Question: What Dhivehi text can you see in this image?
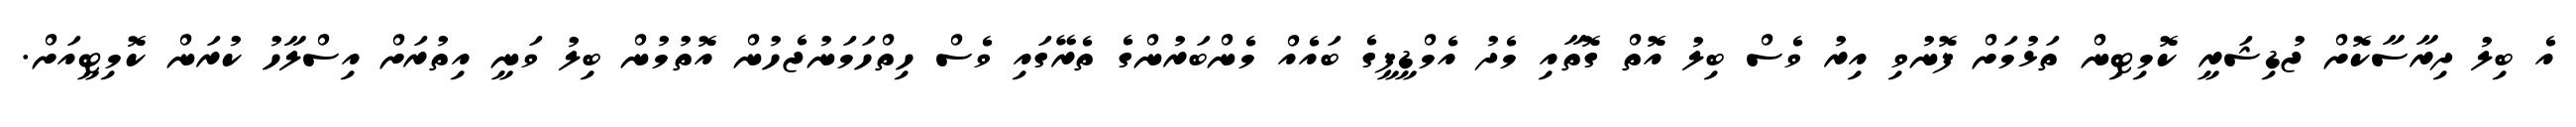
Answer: އެ ބިލު ދިރާސާކޮށް ޖުޑިޝަރީ ކޮމިޓިން ތަޅުމަށް ފޮނުވި އިރު ވެސް ބިލު އޮތް ގޮތާއި މެދު އެމްޑީޕީގެ ބައެއް މެންބަރުންގެ ތެރޭގައި ވެސް ހިތްހަމަނުޖެހުން އޮތުމުން ބިލު ވަނީ އިތުރަށް އިސްލާހު ކުރަން ކޮމިޓީއަށް.